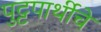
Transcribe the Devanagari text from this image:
पुट्टपार्थीचे